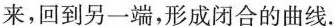
来，回到另一端，形成闭合的曲线.